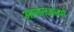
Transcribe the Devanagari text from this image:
आनन्दवनमें